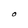
Character: O